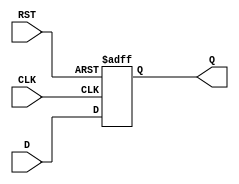
module FeedbackRegister (
    input wire D,      // Data input
    input wire CLK,    // Clock input
    input wire RST,    // Asynchronous reset
    output reg Q       // Output
);

// Asynchronous reset and synchronous data capture
always @(posedge CLK or posedge RST) begin
    if (RST) begin
        Q <= 1'b0;    // Reset the output to 0
    end else begin
        Q <= D;       // Capture the input value on clock edge
    end
end

endmodule